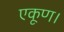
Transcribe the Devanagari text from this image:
एकूण।